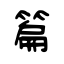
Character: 篇